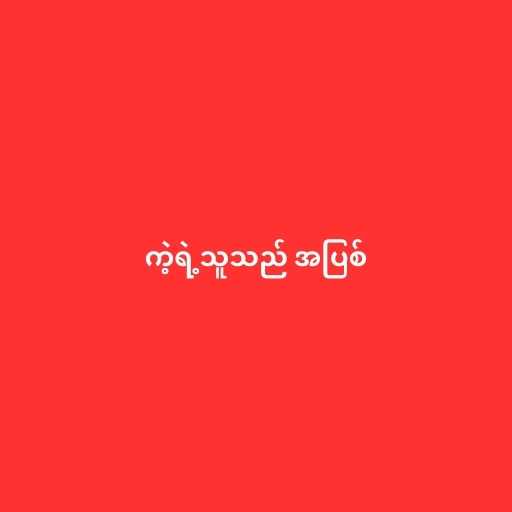
ကဲ့ရဲ့သူသည် အပြစ်